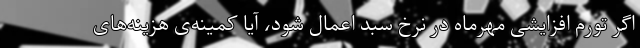
اگر تورم افزایشی مهرماه در نرخ سبد اِعمال شود، آیا کمینه‌ی هزینه‌های